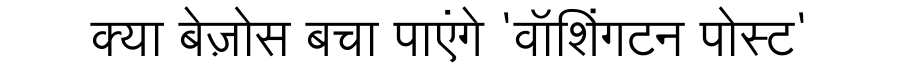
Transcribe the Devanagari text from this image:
क्या बेज़ोस बचा पाएंगे 'वॉशिंगटन पोस्ट'